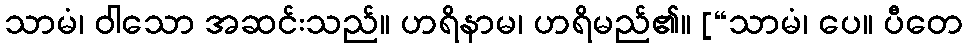
သာမံ၊ ဝါသော အဆင်းသည်။ ဟရိနာမ၊ ဟရိမည်၏။ [“သာမံ၊ ပေ။ ပီတေ